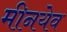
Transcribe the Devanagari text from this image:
मीनयेव